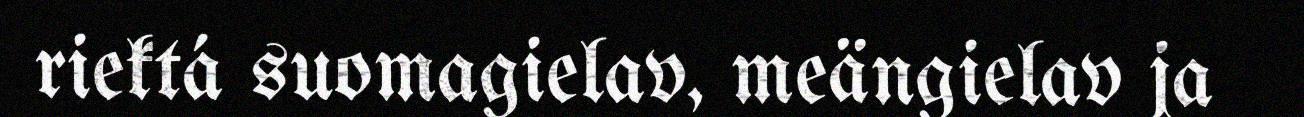
riektá suomagielav, meängielav ja